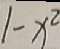
1 - x ^ { 2 }